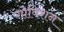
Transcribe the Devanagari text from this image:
गोविशन